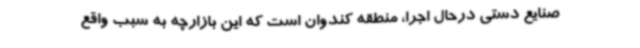
صنایع دستی درحال اجرا، منطقه کندوان است که این بازارچه به سبب واقع